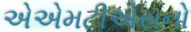
એએમટીએસનો